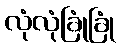
လုံလုံခြုံခြုံ